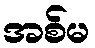
အစ်မ